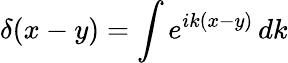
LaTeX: \delta(x-y)=\int e^{ik(x-y)}\, dk